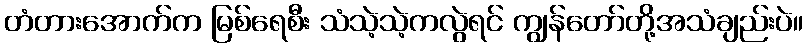
တံတားအောက်က မြစ်ရေစီး သံသဲ့သဲ့ကလွဲရင် ကျွန်တော်တို့အသံချည်းပဲ။